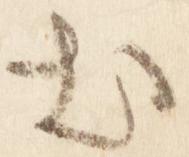
出